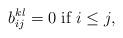
LaTeX: \begin{align*}b^{kl}_{ij}=0 \mbox{ if }i\leq j,\end{align*}